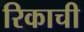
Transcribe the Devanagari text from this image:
रिकाची